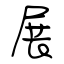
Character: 展